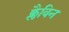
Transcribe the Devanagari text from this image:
क्लैविन